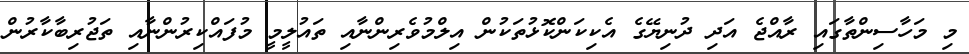
މި މަހާސިންތާގައި ރާއްޖެ އަދި ދުނިޔޭގެ އެކިކަންކޮޅުތަކުން އިލްމުވެރިންނާއި ތައުލީމީ މުފައްކިރުންނާއި ތަޖުރިބާކާރުން